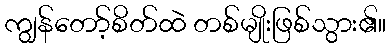
ကျွန်တော့်စိတ်ထဲ တစ်မျိုးဖြစ်သွား၏။